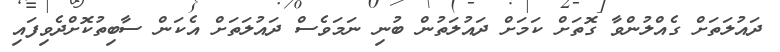
ދައުލަތަށް ގެއްލުންވާ ގޮތަށް ކަމަށް ދައުލަތުން ބުނި ނަމަވެސް ދައުލަތަށް އެކަން ސާބިތުކޮށްދެވިފައި